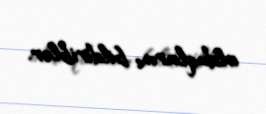
olduqlarını bildiriblər.